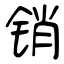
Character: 销